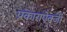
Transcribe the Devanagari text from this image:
प्रकाराऐवजी